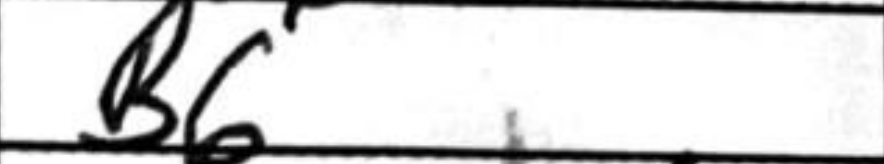
Transcription: B6